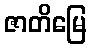
ဇာတိမြေ